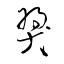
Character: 獎